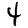
Digit: 4